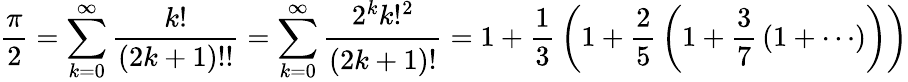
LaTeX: {\frac{\pi}{2}}=\sum_{k=0}^{\infty}{\frac{k!}{(2k+1)!!}}=\sum_{k=0}^{\infty}{\cfrac{2^{k}k!^{2}}{(2k+1)!}}=1+{\frac{1}{3}}\left(1+{\frac{2}{5}}\left(1+{\frac{3}{7}}\left(1+\cdots\right)\right)\right)